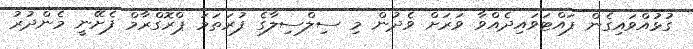
ގުޅުއްވައިގެން ފައްޓަވައިދެއްވާ ވަރަށް ވެދުން މި ސިލްސިލާގެ ފުރަތަމަ ޕްރޮގްރާމް ފެށޭނީ މެންދުރު